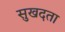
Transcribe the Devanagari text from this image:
सुखदता